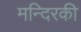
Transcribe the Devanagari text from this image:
मन्दिरकी